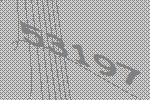
53197